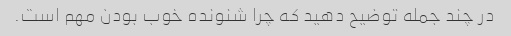
در چند جمله توضیح دهید که چرا شنونده خوب بودن مهم است.